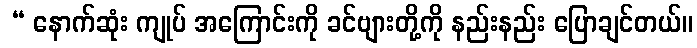
 “ နောက်ဆုံး ကျုပ် အကြောင်းကို ခင်ဗျားတို့ကို နည်းနည်း ပြောချင်တယ်။